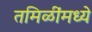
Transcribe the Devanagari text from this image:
तमिळींमध्ये